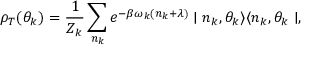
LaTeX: \rho _ { T } ( \theta _ { k } ) = \frac { 1 } { Z _ { k } } \sum _ { n _ { k } } e ^ { - \beta \omega _ { k } ( n _ { k } + \lambda ) } \mid n _ { k } , \theta _ { k } \rangle \langle n _ { k } , \theta _ { k } \mid ,